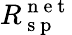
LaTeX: R_{\mathrm{~s~p~}}^{\mathrm{~n~e~t~}}